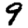
Digit: 9